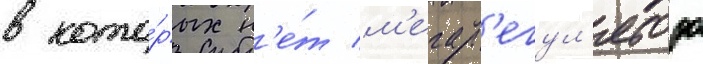
в кото́рых н'е́т м'егар'егул'ятора